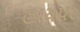
હાયપર